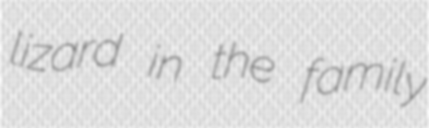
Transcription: lizard in the family